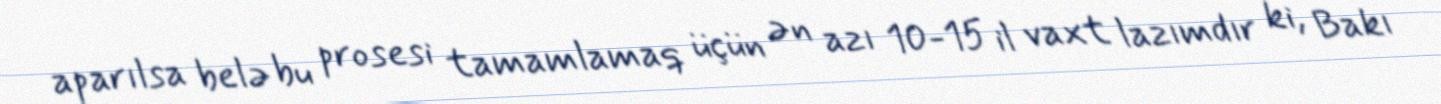
aparılsa belə bu prosesi tamamlamaq üçün ən azı 10-15 il vaxt lazımdır ki, Bakı